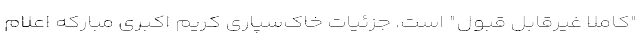
"کاملا غیرقابل قبول" است. جزئیات خاک‌سپاری کریم اکبری مبارکه اعلام